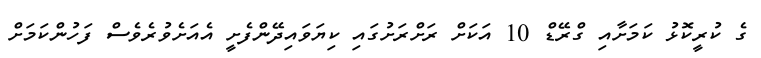
ގެ ކުރީކޮޅު ކަމަށާއި ގްރޭޑް 10 އަކަށް ރަށްރަށުގައި ކިޔަވައިދޭންފެށީ އެއަށެވުރެވެސް ފަހުންކަމަށް